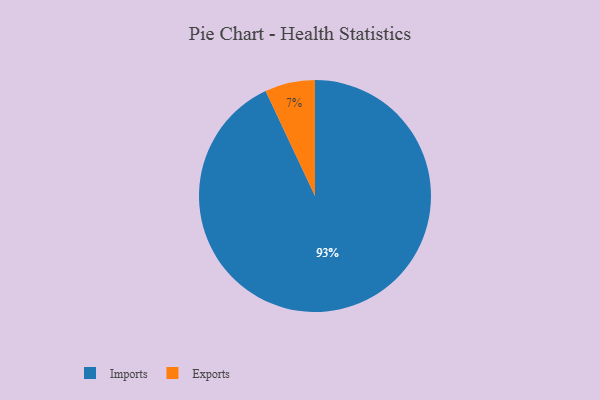
{"axis": {"x": "Category", "y": "Percentage"}, "legend": ["Exports", "Imports"], "data": [{"x": "Exports", "y": 7, "type": "Exports"}, {"x": "Imports", "y": 93, "type": "Imports"}]}